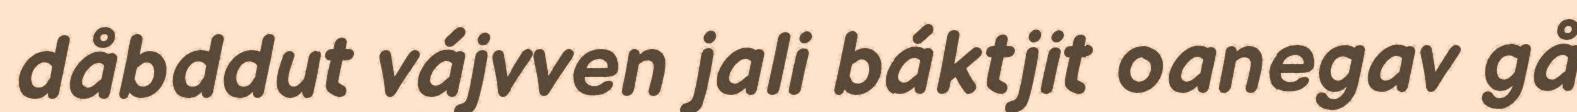
dåbddut vájvven jali báktjit oanegav gå